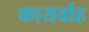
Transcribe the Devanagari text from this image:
कायर्वाह